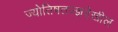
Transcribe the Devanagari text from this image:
ज्योतिषतज्ज्ञदेखील